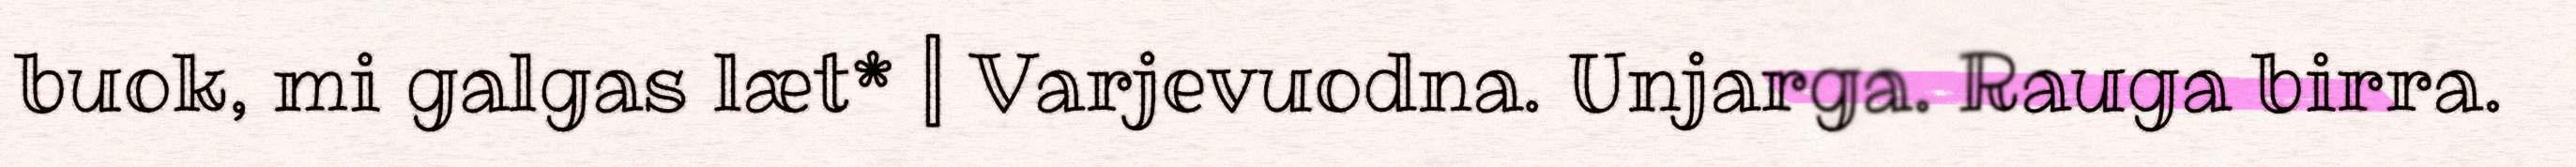
buok, mi galgas læt* | Varjevuodna. Unjarga. Rauga birra.